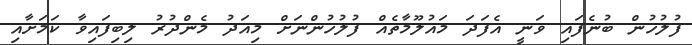
ފުލުހުން ބުނެފައި ވަނީ އެފަދަ މައުލޫމާތެއް ފުލުހުންނަށް މިއަދު މެންދުރު ލިބިފައިވާ ކަމަށާއި